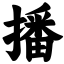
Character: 播